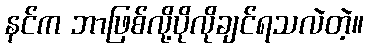
နင်က ဘာဖြစ်လို့ပိုလိုချင်ရသလဲတဲ့။